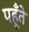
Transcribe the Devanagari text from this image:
पहूँते